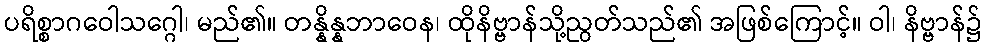
ပရိစ္စာဂဝေါသဂ္ဂေါ၊ မည်၏။ တန္နိန္နဘာဝေန၊ ထိုနိဗ္ဗာန်သို့ညွတ်သည်၏ အဖြစ်ကြောင့်။ ဝါ၊ နိဗ္ဗာန်၌